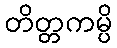
တိတ္တကမ္ပိ